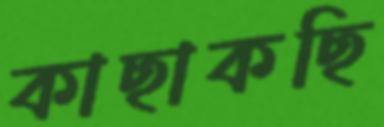
কাছাকছি